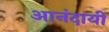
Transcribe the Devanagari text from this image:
आनंदायी